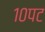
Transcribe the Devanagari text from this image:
१०पट